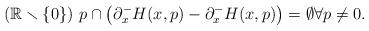
LaTeX: \begin{align*}(\mathbb{R}\smallsetminus \lbrace 0 \rbrace ) \ p \cap \left( \partial_x^- H(x,p)- \partial_x^- H(x,p)\right) = \emptyset \forall p\neq 0.\end{align*}